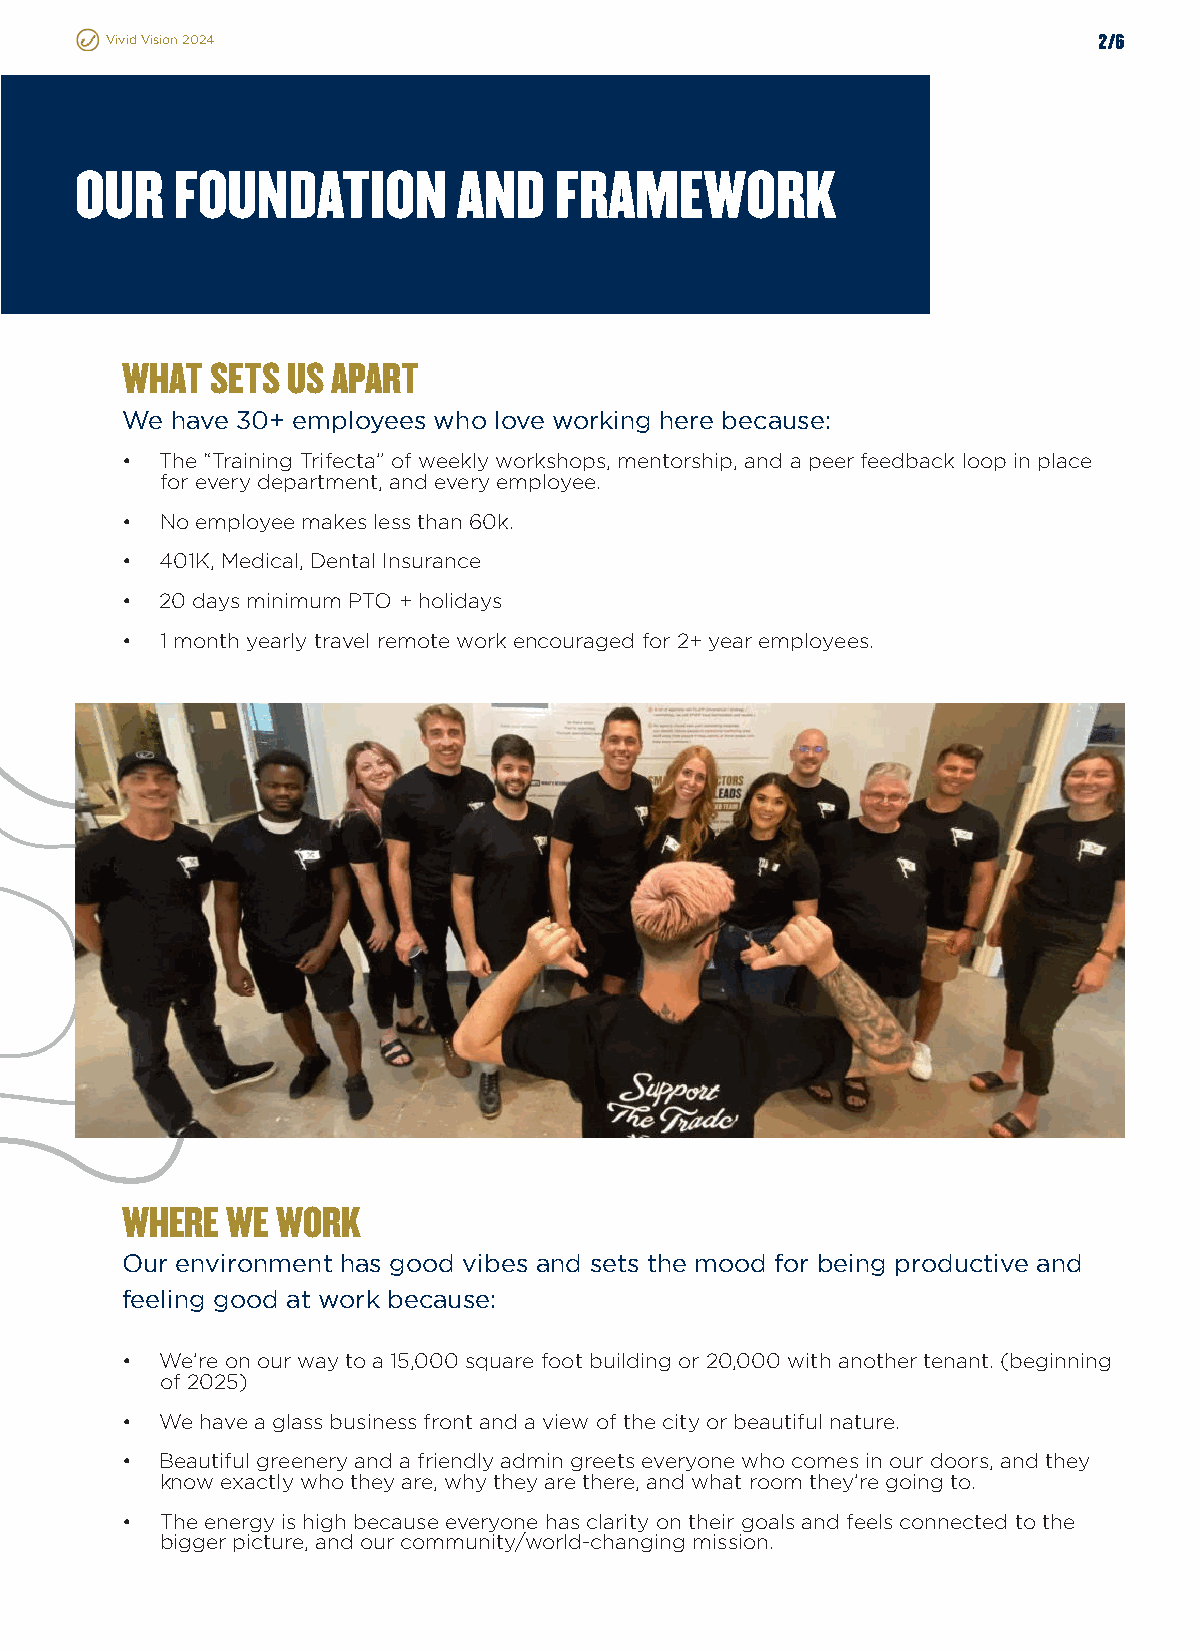
Vivid Vision 2024                                                 2/6
 OUR   FOUNDATION         AND    FRAMEWORK
 WHAT  SETS US APART
 We have 30+ employees who love working here because:
 •  The “Training Trifecta” of weekly workshops, mentorship, and a peer feedback loop in place
 for every department, and every employee.
 •  No employee makes less than 60k.
 •  401K, Medical, Dental Insurance
 •  20 days minimum PTO + holidays
 •  1 month yearly travel remote work encouraged for 2+ year employees.
 WHERE  WE WORK
 Our environment has good vibes and sets the mood for being productive and
 feeling good at work because:
 •  We’re on our way to a 15,000 square foot building or 20,000 with another tenant. (beginning
 of 2025)
 •  We have a glass business front and a view of the city or beautiful nature.
 •  Beautiful greenery and a friendly admin greets everyone who comes in our doors, and they
 know exactly who they are, why they are there, and what room they’re going to.
 •  The energy is high because everyone has clarity on their goals and feels connected to the
 bigger picture, and our community/world-changing mission.